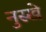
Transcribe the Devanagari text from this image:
नुस्‍खे